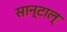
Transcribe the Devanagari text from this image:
सान्टाल्